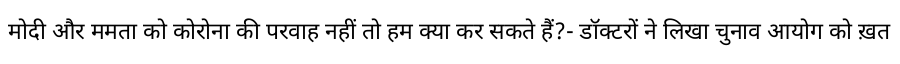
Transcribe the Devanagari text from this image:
मोदी और ममता को कोरोना की परवाह नहीं तो हम क्या कर सकते हैं?- डॉक्टरों ने लिखा चुनाव आयोग को ख़त